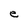
Character: e